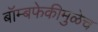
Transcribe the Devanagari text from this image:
बॉम्बफेकीमुळेच